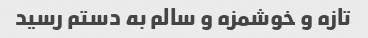
تازه و خوشمزه و سالم به دستم رسید